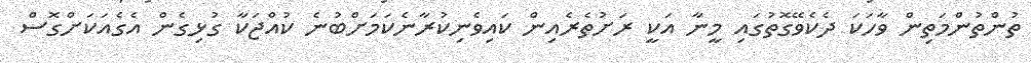
ތުންތުންމަތިން ވާހަކަ ދެކެވޭގޮތުގައި މީނާ އަކީ ރަށުތެރެއިން ކައިވެނިކުރާނެކަމަށްބުނެ ކުއްޖަކާ ގުޅިގެން އެގެއަކަށްގޮސް